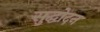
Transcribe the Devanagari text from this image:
सुद्धोदन